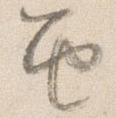
笛